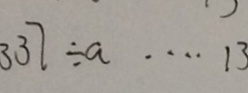
3 3 7 \div a \cdots 1 3